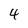
Character: 4